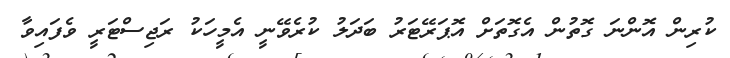
ކުރިން އޮންނަ ގޮތުން އެގޮތަށް އޮޕަރޭޓަރު ބަދަލު ކުރެވޭނީ އެމީހަކު ރަޖިސްޓަރީ ވެފައިވާ